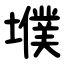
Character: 㙸